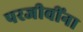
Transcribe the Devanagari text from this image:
परजीवींना